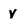
Character: V